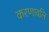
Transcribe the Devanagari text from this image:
करणावलि